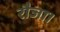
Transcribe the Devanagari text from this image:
रौजा।